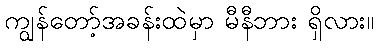
ကျွန်တော့်အခန်းထဲမှာ မီနီဘား ရှိလား။